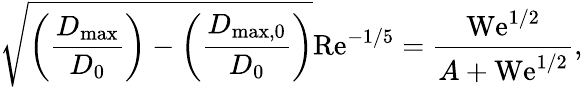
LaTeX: \sqrt{{\left(\frac{D_{\mathrm{max}}}{D_{0}}\right)}-{{\left(\frac{D_{\mathrm{max,0}}}{D_{0}}\right)}}}\mathrm{Re}^{-1/5}=\frac{\mathrm{We}^{1/2}}{A+\mathrm{We}^{1/2}},